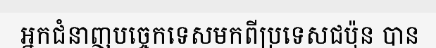
អ្នកជំនាញបច្ចេកទេសមកពីប្រទេសជប៉ុន បាន